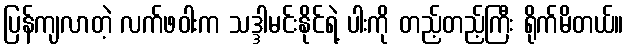
ပြန်ကျလာတဲ့ လက်ဖဝါးက သဒ္ဒါမင်းနိုင်ရဲ့ ပါးကို တည့်တည့်ကြီး ရိုက်မိတယ်။